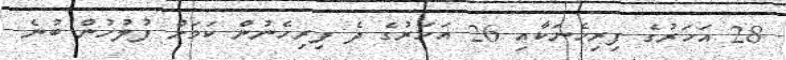
28 އަހަރުގެ ފިރިހެނަކާއި 26 އަހަރުގެ ދެ ފިރިހެނުން ކަމަށް ފުލުހުން ބުނެ